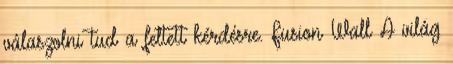
válaszolni tud a feltett kérdésre. Fusion Wall A világ